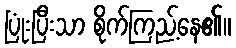
ပြုံးပြီးသာ စိုက်ကြည့်နေ၏။